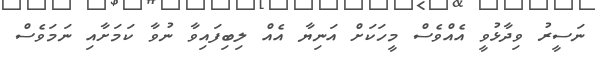
ނަސީރު ވިދާޅުވީ އެއްވެސް މީހަކަށް އަނިޔާ އެއް ލިބިފައިވާ ނުވާ ކަމަށާއި ނަމަވެސް